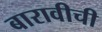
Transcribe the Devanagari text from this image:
बारावीची